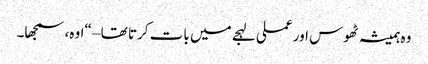
وہ ہمیشہ ٹھوس اور عملی لہجے میں بات کرتا تھا – “اوہ، سمجھا۔